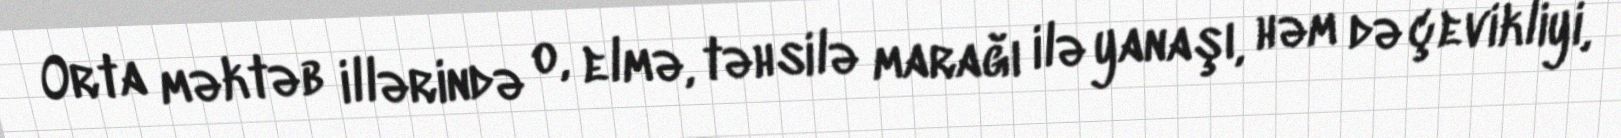
Orta məktəb illərində o, elmə, təhsilə marağı ilə yanaşı, həm də çevikliyi,